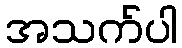
အသက်ပါ